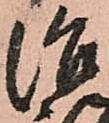
治